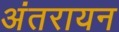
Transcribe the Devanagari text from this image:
अंतरायन